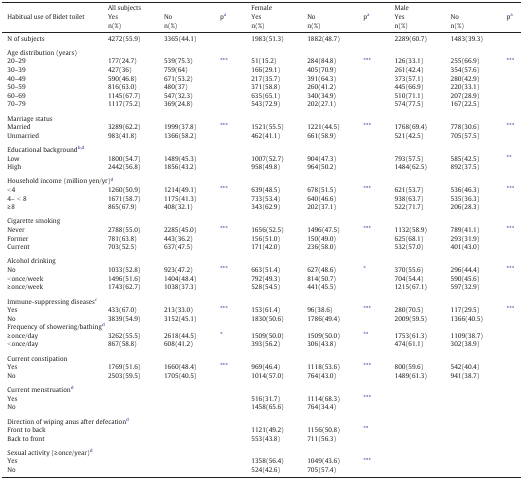
<table><thead><tr><td></td><td colspan="3"><b>All subjects</b></td><td colspan="3"><b>Female</b></td><td colspan="3"><b>Male</b></td></tr><tr><td rowspan="2"><b>Habitual use of Bidet toilet</b></td><td><b>Yes</b></td><td><b>No</b></td><td rowspan="2"><b>pa</b></td><td><b>Yes</b></td><td><b>No</b></td><td rowspan="2"><b>pa</b></td><td><b>Yes</b></td><td><b>No</b></td><td rowspan="2"><b>pa</b></td></tr><tr><td><b>n(%)</b></td><td><b>n(%)</b></td><td><b>n(%)</b></td><td><b>n(%)</b></td><td><b>n(%)</b></td><td><b>n(%)</b></td></tr></thead><tbody><tr><td>N of subjects</td><td>4272(55.9)</td><td>3365(44.1)</td><td></td><td>1983(51.3)</td><td>1882(48.7)</td><td></td><td>2289(60.7)</td><td>1483(39.3)</td><td></td></tr><tr><td colspan="10">  </td></tr><tr><td colspan="10">Age distribution (years)</td></tr><tr><td>20–29</td><td>177(24.7)</td><td>539(75.3)</td><td rowspan="2">⁎⁎⁎</td><td>51(15.2)</td><td>284(84.8)</td><td>⁎⁎⁎</td><td>126(33.1)</td><td>255(66.9)</td><td>⁎⁎⁎</td></tr><tr><td>30–39</td><td>427(36)</td><td>759(64)</td><td>166(29.1)</td><td>405(70.9)</td><td></td><td>261(42.4)</td><td>354(57.6)</td><td></td></tr><tr><td>40–49</td><td>590(46.8)</td><td>671(53.2)</td><td></td><td>217(35.7)</td><td>391(64.3)</td><td></td><td>373(57.1)</td><td>280(42.9)</td><td></td></tr><tr><td>50–59</td><td>816(63.0)</td><td>480(37)</td><td></td><td>371(58.8)</td><td>260(41.2)</td><td></td><td>445(66.9)</td><td>220(33.1)</td><td></td></tr><tr><td>60–69</td><td>1145(67.7)</td><td>547(32.3)</td><td></td><td>635(65.1)</td><td>340(34.9)</td><td></td><td>510(71.1)</td><td>207(28.9)</td><td></td></tr><tr><td>70–79</td><td>1117(75.2)</td><td>369(24.8)</td><td></td><td>543(72.9)</td><td>202(27.1)</td><td></td><td>574(77.5)</td><td>167(22.5)</td><td></td></tr><tr><td colspan="10">  </td></tr><tr><td colspan="10">Marriage status</td></tr><tr><td>Married</td><td>3289(62.2)</td><td>1999(37.8)</td><td>⁎⁎⁎</td><td>1521(55.5)</td><td>1221(44.5)</td><td>⁎⁎⁎</td><td>1768(69.4)</td><td>778(30.6)</td><td>⁎⁎⁎</td></tr><tr><td>Unmarried</td><td>983(41.8)</td><td>1366(58.2)</td><td></td><td>462(41.1)</td><td>661(58.9)</td><td></td><td>521(42.5)</td><td>705(57.5)</td><td></td></tr><tr><td colspan="10">  </td></tr><tr><td colspan="10">Educational backgroundb, d</td></tr><tr><td>Low</td><td>1800(54.7)</td><td>1489(45.3)</td><td></td><td>1007(52.7)</td><td>904(47.3)</td><td></td><td>793(57.5)</td><td>585(42.5)</td><td>⁎⁎</td></tr><tr><td>High</td><td>2442(56.8)</td><td>1856(43.2)</td><td></td><td>958(49.8)</td><td>964(50.2)</td><td></td><td>1484(62.5)</td><td>892(37.5)</td><td></td></tr><tr><td colspan="10">  </td></tr><tr><td colspan="10">Household income (million yen/yr)d</td></tr><tr><td>&lt; 4</td><td>1260(50.9)</td><td>1214(49.1)</td><td>⁎⁎⁎</td><td>639(48.5)</td><td>678(51.5)</td><td>⁎⁎⁎</td><td>621(53.7)</td><td>536(46.3)</td><td>⁎⁎⁎</td></tr><tr><td>4– &lt; 8</td><td>1671(58.7)</td><td>1175(41.3)</td><td></td><td>733(53.4)</td><td>640(46.6)</td><td></td><td>938(63.7)</td><td>535(36.3)</td><td></td></tr><tr><td>≥ 8</td><td>865(67.9)</td><td>408(32.1)</td><td></td><td>343(62.9)</td><td>202(37.1)</td><td></td><td>522(71.7)</td><td>206(28.3)</td><td></td></tr><tr><td colspan="10">  </td></tr><tr><td colspan="10">Cigarette smoking</td></tr><tr><td>Never</td><td>2788(55.0)</td><td>2285(45.0)</td><td>⁎⁎⁎</td><td>1656(52.5)</td><td>1496(47.5)</td><td>⁎⁎⁎</td><td>1132(58.9)</td><td>789(41.1)</td><td>⁎⁎⁎</td></tr><tr><td>Former</td><td>781(63.8)</td><td>443(36.2)</td><td rowspan="2"></td><td>156(51.0)</td><td>150(49.0)</td><td></td><td>625(68.1)</td><td>293(31.9)</td><td></td></tr><tr><td>Current</td><td>703(52.5)</td><td>637(47.5)</td><td>171(42.0)</td><td>236(58.0)</td><td></td><td>532(57.0)</td><td>401(43.0)</td><td></td></tr><tr><td colspan="10">  </td></tr><tr><td colspan="10">Alcohol drinking</td></tr><tr><td>No</td><td>1033(52.8)</td><td>923(47.2)</td><td>⁎⁎⁎</td><td>663(51.4)</td><td>627(48.6)</td><td>⁎</td><td>370(55.6)</td><td>296(44.4)</td><td>⁎⁎⁎</td></tr><tr><td>&lt; once/week</td><td>1496(51.6)</td><td>1404(48.4)</td><td></td><td>792(49.3)</td><td>814(50.7)</td><td></td><td>704(54.4)</td><td>590(45.6)</td><td></td></tr><tr><td>≥ once/week</td><td>1743(62.7)</td><td>1038(37.3)</td><td></td><td>528(54.5)</td><td>441(45.5)</td><td></td><td>1215(67.1)</td><td>597(32.9)</td><td></td></tr><tr><td colspan="10">  </td></tr><tr><td colspan="10">Immune-suppressing diseasesc</td></tr><tr><td>Yes</td><td>433(67.0)</td><td>213(33.0)</td><td>⁎⁎⁎</td><td>153(61.4)</td><td>96(38.6)</td><td>⁎⁎⁎</td><td>280(70.5)</td><td>117(29.5)</td><td>⁎⁎⁎</td></tr><tr><td>No</td><td>3839(54.9)</td><td>3152(45.1)</td><td></td><td>1830(50.6)</td><td>1786(49.4)</td><td></td><td>2009(59.5)</td><td>1366(40.5)</td><td></td></tr><tr><td colspan="10">Frequency of showering/bathingd</td></tr><tr><td>≥ once/day</td><td>3262(55.5)</td><td>2618(44.5)</td><td>⁎</td><td>1509(50.0)</td><td>1509(50.0)</td><td>⁎⁎</td><td>1753(61.3)</td><td>1109(38.7)</td><td></td></tr><tr><td>&lt; once/day</td><td>867(58.8)</td><td>608(41.2)</td><td></td><td>393(56.2)</td><td>306(43.8)</td><td></td><td>474(61.1)</td><td>302(38.9)</td><td></td></tr><tr><td colspan="10">  </td></tr><tr><td colspan="10">Current constipation</td></tr><tr><td>Yes</td><td>1769(51.6)</td><td>1660(48.4)</td><td>⁎⁎⁎</td><td>969(46.4)</td><td>1118(53.6)</td><td>⁎⁎⁎</td><td>800(59.6)</td><td>542(40.4)</td><td></td></tr><tr><td>No</td><td>2503(59.5)</td><td>1705(40.5)</td><td></td><td>1014(57.0)</td><td>764(43.0)</td><td></td><td>1489(61.3)</td><td>941(38.7)</td><td></td></tr><tr><td colspan="10">  </td></tr><tr><td colspan="10">Current menstruationd</td></tr><tr><td>Yes</td><td></td><td></td><td></td><td>516(31.7)</td><td>1114(68.3)</td><td>⁎⁎⁎</td><td></td><td></td><td></td></tr><tr><td>No</td><td></td><td></td><td></td><td>1458(65.6)</td><td>764(34.4)</td><td></td><td></td><td></td><td></td></tr><tr><td colspan="10">  </td></tr><tr><td colspan="10">Direction of wiping anus after defecationd</td></tr><tr><td>Front to back</td><td></td><td></td><td></td><td>1121(49.2)</td><td>1156(50.8)</td><td>⁎⁎</td><td></td><td></td><td></td></tr><tr><td>Back to front</td><td></td><td></td><td></td><td>553(43.8)</td><td>711(56.3)</td><td></td><td></td><td></td><td></td></tr><tr><td colspan="10">  </td></tr><tr><td colspan="10">Sexual activity (≥ once/year)d</td></tr><tr><td>Yes</td><td></td><td></td><td></td><td>1358(56.4)</td><td>1049(43.6)</td><td>⁎⁎⁎</td><td></td><td></td><td></td></tr><tr><td>No</td><td></td><td></td><td></td><td>524(42.6)</td><td>705(57.4)</td><td></td><td></td><td></td><td></td></tr></tbody></table>